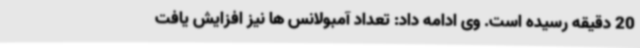
20 دقیقه رسیده است. وی ادامه داد: تعداد آمبولانس ها نیز افزایش یافت